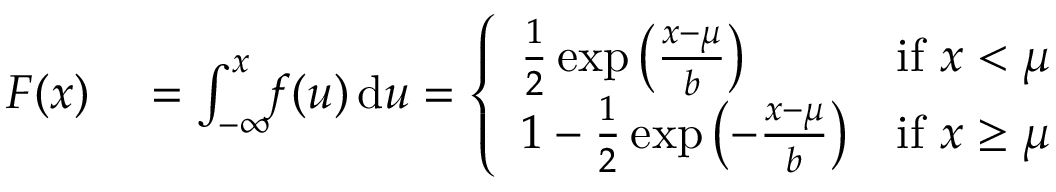
\begin{array} { r l } { F ( x ) } & { { } = \int _ { - \infty } ^ { x } \! \! f ( u ) \, \mathrm { d } u = { \left\{ \begin{array} { l l } { { \frac { 1 } { 2 } } \exp \left( { \frac { x - \mu } { b } } \right) } & { { \mathrm { i f ~ } } x < \mu } \\ { 1 - { \frac { 1 } { 2 } } \exp \left( - { \frac { x - \mu } { b } } \right) } & { { \mathrm { i f ~ } } x \geq \mu } \end{array} \right. } } \end{array}